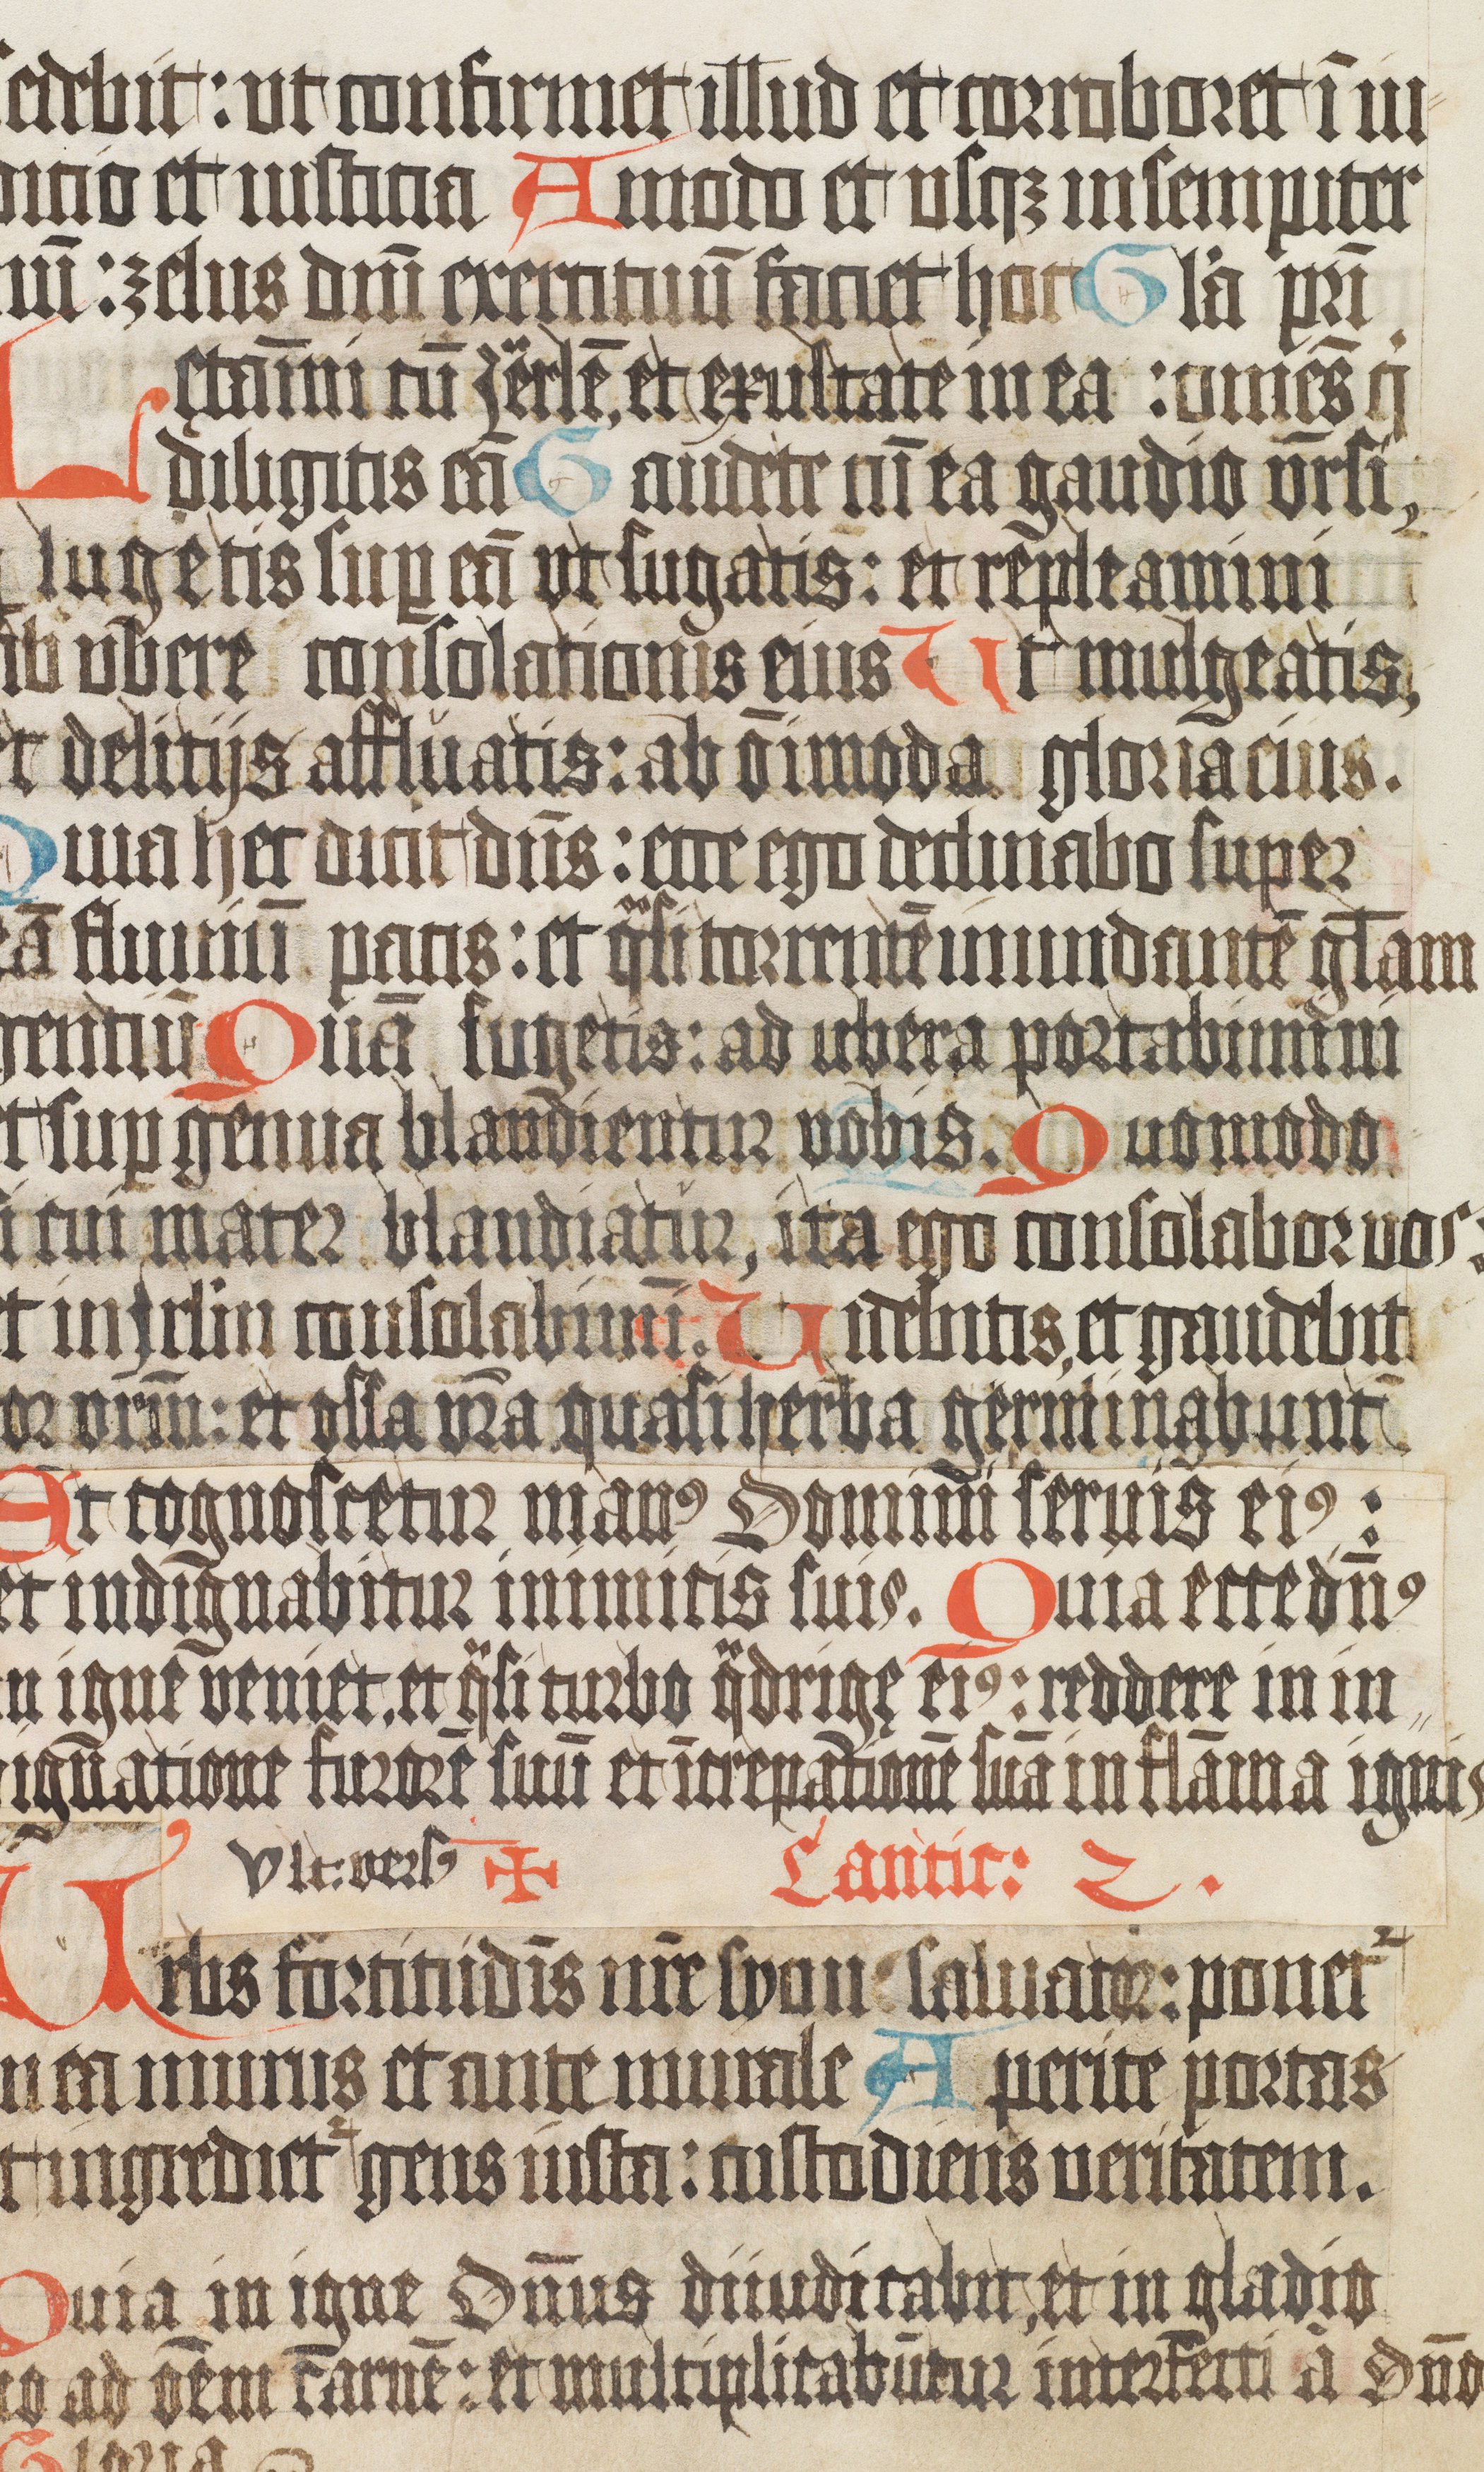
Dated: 1400–1499